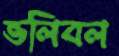
ভলিবল